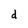
Character: d